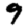
Digit: 9